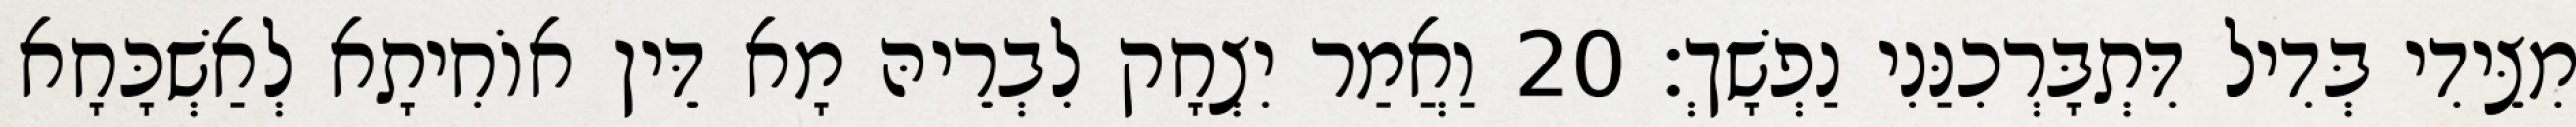
מִצֵּידִי בְּדִיל דִּתְבָּרְכִנַּנִי נַפְשָׁךְ׃ 20 וַאֲמַר יִצְחָק לִבְרֵיהּ מָא דֵּין אוֹחִיתָא לְאַשְׁכָּחָא